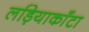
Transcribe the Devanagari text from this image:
लड़ियाकाँटा